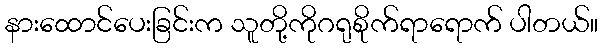
နားထောင်ပေးခြင်းက သူတို့ကိုဂရုစိုက်ရာရောက် ပါတယ်။